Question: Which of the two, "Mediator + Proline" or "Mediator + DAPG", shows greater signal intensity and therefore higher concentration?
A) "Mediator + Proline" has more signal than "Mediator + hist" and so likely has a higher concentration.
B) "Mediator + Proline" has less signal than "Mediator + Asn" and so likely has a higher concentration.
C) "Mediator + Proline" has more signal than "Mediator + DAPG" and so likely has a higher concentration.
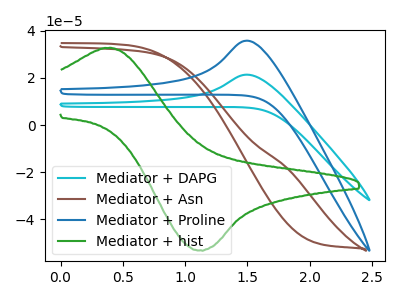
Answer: <think>The cyan curve "Mediator + DAPG" has an anodic peak at: (1.50V, 21.40uA). The brown curve "Mediator + Asn" has no peaks. The blue curve "Mediator + Proline" has an anodic peak at: (1.50V, 35.85uA). The green curve "Mediator + hist" has an anodic peak at (0.35V, 32.75uA) and a cathodic peak at (1.10V, -53.10uA).
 All the peaks in "Mediator + Proline" have a peak in "Mediator + DAPG" at the same potential. Every peak in "Mediator + Proline" is higher than every peak in "Mediator + DAPG".</think>
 <answer>C) "Mediator + Proline" has more signal than "Mediator + DAPG" and so likely has a higher concentration.</answer>
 <eval>C</eval>